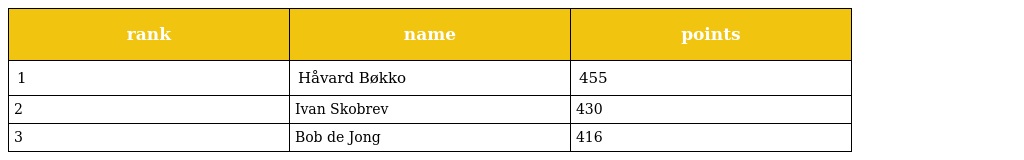
| rank | name | points |
 | --- | --- | --- |
 | 1 | Håvard Bøkko | 455 |
 | 2 | Ivan Skobrev | 430 |
 | 3 | Bob de Jong | 416 |